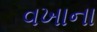
વખાના